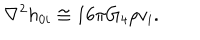
\nabla ^ { 2 } h _ { 0 i } \cong 1 6 \pi G _ { 4 } \rho v _ { i } .